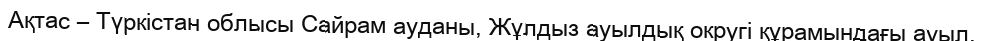
Ақтас – Түркістан облысы Сайрам ауданы, Жұлдыз ауылдық округі құрамындағы ауыл.